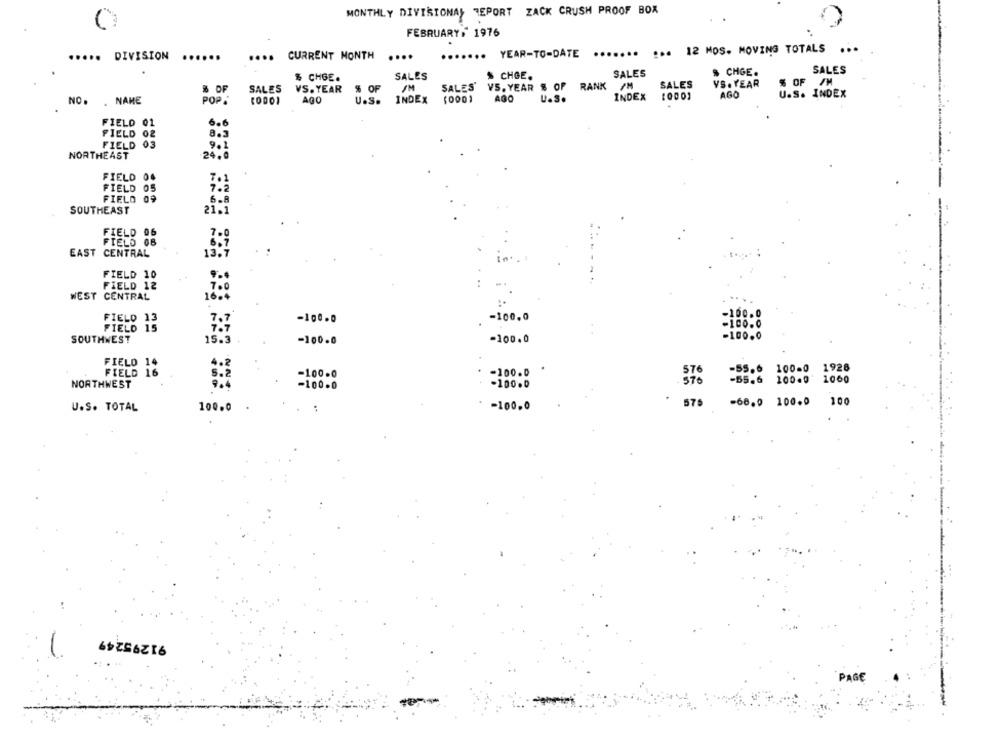
MONTHLY DIVISIONAL REPORT ZACK CRUSH PROOF BOX
FEBRUARY : 1976
....... YEAR-TO-DATE
....... ... 12 MOS- MOVING TOTALS ...
..... DIVISION
......
....
CURRENT MONTH
....
SALES
$ CHGE.
SALES
$ CHGE.
SALES
$ CHGE.
% OF /M
# OF
SALES
VS. YEAR
% OF
IM
SALES VS. YEAR $ OP RANK /M
SALES
VS. YEAR
INDEX
AGO
U.S. INDEX
NO. . NAME
POP.
AGO
U.S.
INDEX
(0001
AGO
FIELD 01
6.6
FIELD 02
8.5
FIELD 03
9.1
NORTHEAST
24.0
FIELD 04
FIELD 05
FIELO 09
6.8
SOUTHEAST
21.1
FIELD 06
FIELD 08
EAST CENTRAL
FIELD 10
FIELD 12
WEST CENTRAL
FIELD 13
-100.0
-100.0
-100.0
FIELD 15
-100.0
SOUTHWEST
-100.0
=100.0
-100.0
FIELD 14
FIELD 16
576
-55.6 100-0
1928
-100.0
-100.0
1000
NORTHWEST
- 100 .0
-100.0
570
-55.6 200.9
576
100
U.S. TOTAL
100.0
. . :
-100.0
-68.0 100.0
91295249
PAGE